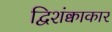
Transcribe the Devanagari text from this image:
द्विशंक्वाकार